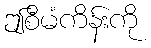
ဤစီမံကိန်းကို